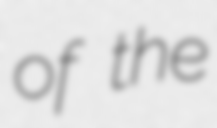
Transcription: of the